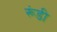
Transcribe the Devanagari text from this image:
रूंडी